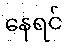
နေရင်